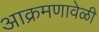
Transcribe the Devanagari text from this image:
आक्रमणावेळी